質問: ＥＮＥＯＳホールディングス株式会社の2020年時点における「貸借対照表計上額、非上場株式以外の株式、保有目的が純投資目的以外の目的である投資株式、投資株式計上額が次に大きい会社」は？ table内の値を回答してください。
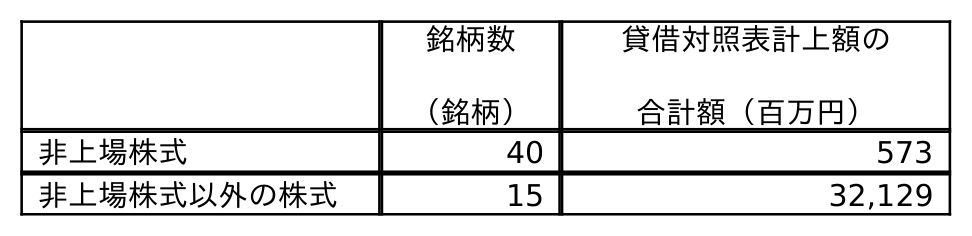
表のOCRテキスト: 銘柄数 （銘柄） 貸借対照表計上額の 合計額（百万円） 非上場株式 40 573 非上場株式以外の株式 15 32,129
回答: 32,129